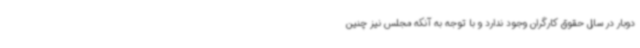
دوبار در سال حقوق کارگران وجود ندارد و با توجه به آنکه مجلس نیز چنین